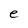
Character: e